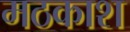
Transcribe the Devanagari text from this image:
मठकाश